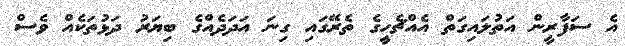
އެ ސަފާރީން އަތުލައިގަތް އެއްޗެހިީގެ ތެރޭގައި ގިނަ އަދަދެއްގެ ބިޔަރު ދަޅުތަކެއް ވެސް